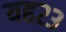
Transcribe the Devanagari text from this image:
यह२३